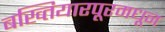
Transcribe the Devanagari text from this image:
बख्तियारपूरमधून